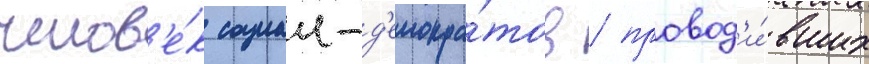
челов'е́к социал-д'емокра́тов / провод'и́вших